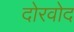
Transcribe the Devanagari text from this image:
दोरवोद